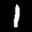
Label: 1